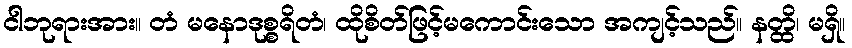
ငါဘုရားအား။ တံ မနောဒုစ္စရိတံ၊ ထိုစိတ်ဖြင့်မကောင်းသော အကျင့်သည်။ နတ္ထိ၊ မရှိ။